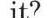
it?